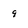
Character: 9